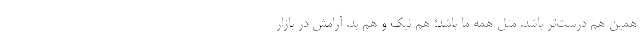
همین هم درست‌تر باشد. مثل همه ما باشد؛ هم نیک و هم بد. آرامش در بازار